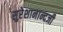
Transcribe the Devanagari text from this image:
सुरेशानान्दजी